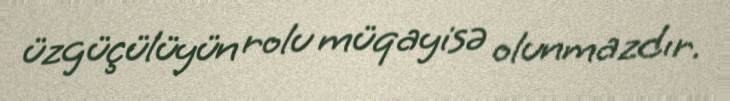
üzgüçülüyün rolu müqayisə olunmazdır.